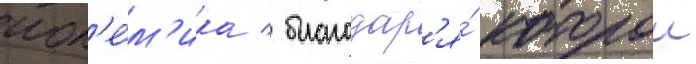
пол'е́м'ика / благодар'я́ которои